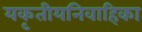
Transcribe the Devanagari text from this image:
यकृतीयनिवाहिका